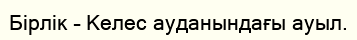
Бірлік – Келес ауданындағы ауыл.